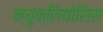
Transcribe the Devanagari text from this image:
न्युक्लियोसिस